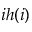
i h ( i )